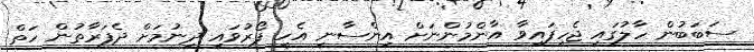
ސަބަބުން ހާލުގައި ޖެހިފައިވާ އާންމުންނަށް އިންސާނީ އެހީ ފޯރުވައި ދިނުމަށް ދެފަރާތުން ހަތް